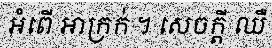
អំពើ អាក្រក់ ។ សេចក្តី ឈឺ